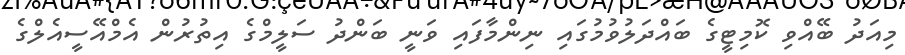
މިއަދު ބޭއްވި ކޮމިޓީގެ ބައްދަލުވުމުގައި ނިންމާފައި ވަނީ ބަންދު ސަލީމްގެ އިތުރުން އެމްއޭސީއެލްގެ